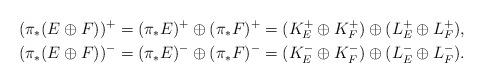
LaTeX: \begin{align*}(\pi_*(E\oplus F))^+&=(\pi_*E)^+\oplus(\pi_*F)^+=(K_E^+\oplus K_F^+)\oplus(L_E^+\oplus L_F^+),\\(\pi_*(E\oplus F))^-&=(\pi_*E)^-\oplus(\pi_*F)^-=(K_E^-\oplus K_F^-)\oplus(L_E^-\oplus L_F^-).\end{align*}